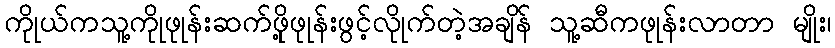
ကိုုယ်ကသူ့ကိုုဖုုန်းဆက်ဖိုု့ဖုုန်းဖွင့်လိုုက်တဲ့အချိန် သူ့ဆီကဖုုန်းလာတာ မျိုး၊